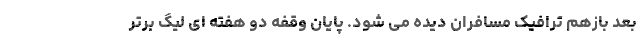
بعد بازهم ترافیک مسافران دیده می شود. پايان وقفه دو هفته ای لیگ برتر